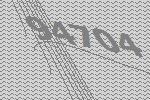
94704